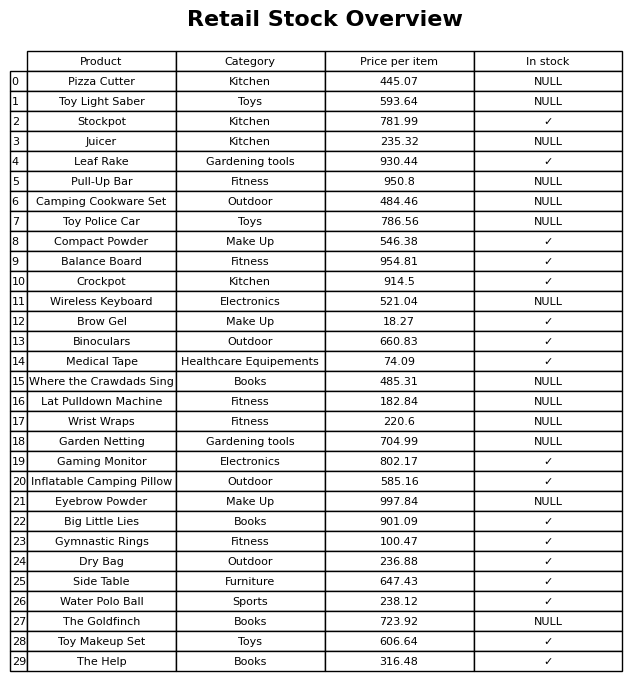
question: What is the price of the Big Little Lies?
answer: The price of Big Little Lies is 901.09.